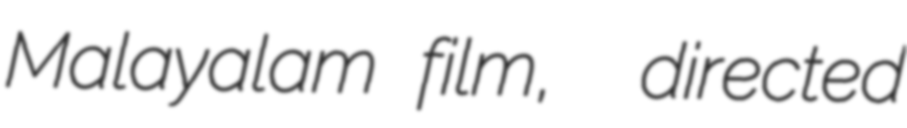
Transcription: Malayalam film,  directed